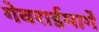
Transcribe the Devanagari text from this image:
गेवराईमार्गे